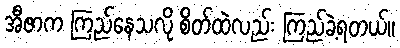
အီဇာက ကြည်နေသလို စိတ်ထဲလည်း ကြည်ခဲ့ရတယ်။